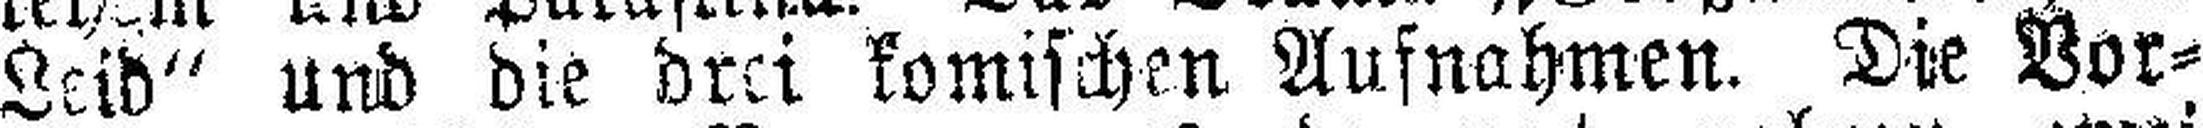
Leid“ und die drei komischen Aufnahmen. Die Vor¬